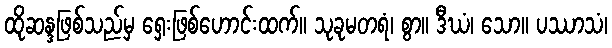
ထိုဆန္ဒဖြစ်သည်မှ ရှေးဖြစ်ဟောင်းထက်။ သုခုမတရံ၊ စွာ။ ဒီဃံ၊ သော။ ပဿာသံ၊